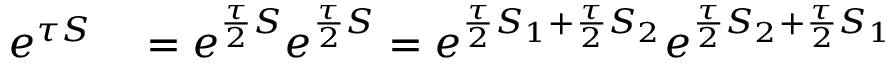
\begin{array} { r l } { e ^ { \tau S } } & { { } = e ^ { \frac { \tau } { 2 } S } e ^ { \frac { \tau } { 2 } S } = e ^ { \frac { \tau } { 2 } S _ { 1 } + \frac { \tau } { 2 } S _ { 2 } } e ^ { \frac { \tau } { 2 } S _ { 2 } + \frac { \tau } { 2 } S _ { 1 } } } \end{array}